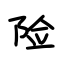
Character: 险